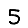
Digit: 5